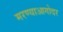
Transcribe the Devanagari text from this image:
मरण्याआगोदर